DOW-UAP-D28, Mission Report, Iraq, September 2024
Agency: Department of War
Incident date: 9/20/24
Incident location: Iraq
Page 6
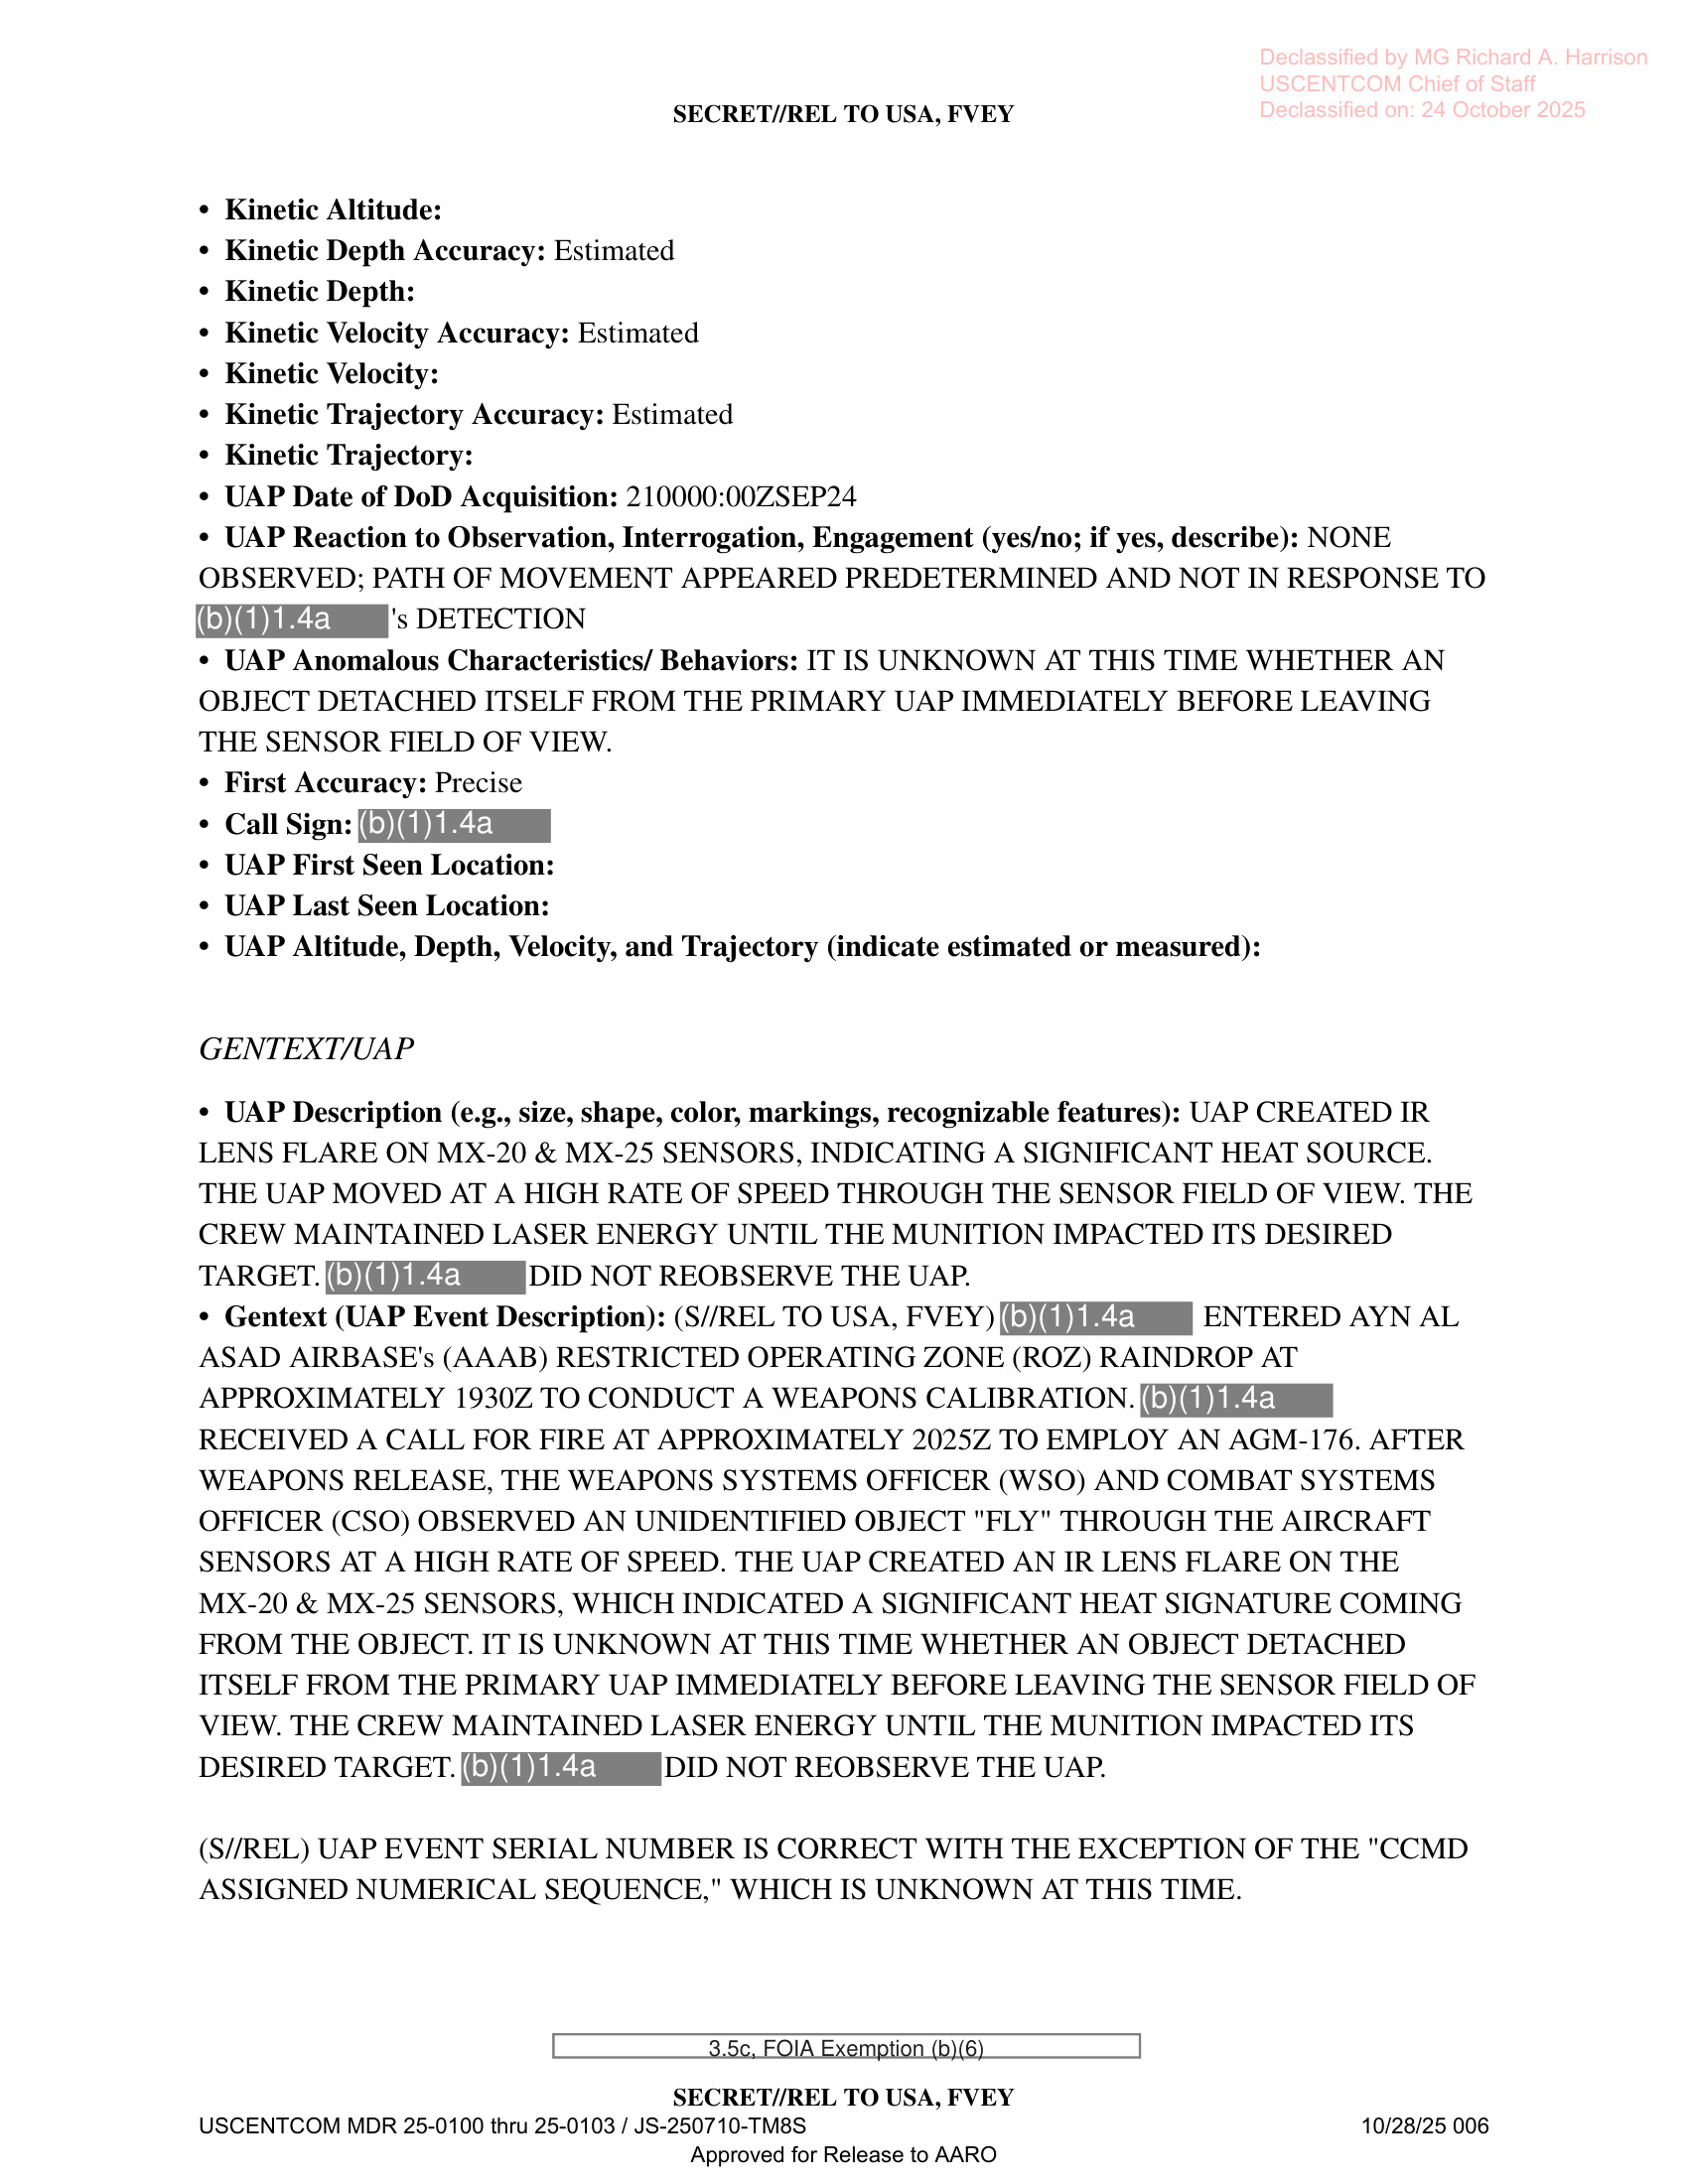